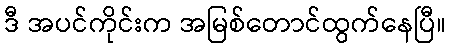
ဒီ အပင်ကိုင်းက အမြစ်တောင်ထွက်နေပြီ။